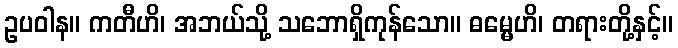
ဥပဝါန။ ကတီဟိ၊ အဘယ်သို့ သဘောရှိကုန်သော။ ဓမ္မေဟိ၊ တရားတို့နှင့်။